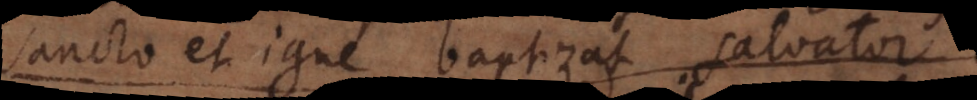
sancto et igne baptizat salvator